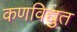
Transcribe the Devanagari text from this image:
कणविद्युत